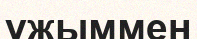
ұжыммен